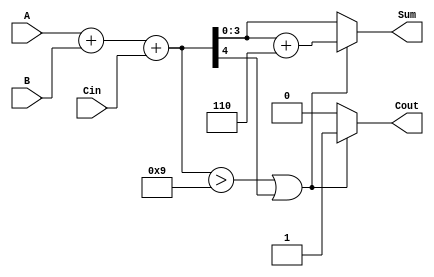
module BCD_Adder (
    input [3:0] A,     // First BCD digit
    input [3:0] B,     // Second BCD digit
    input Cin,         // Carry input
    output reg [3:0] Sum, // Resulting BCD digit
    output reg Cout     // Carry output
);

    wire [4:0] R; // 5-bit result to accommodate carry
    wire correction_needed; // Signal to indicate if BCD correction is needed

    // Step 1: Compute binary sum
    assign R = A + B + Cin;

    // Step 2: Check if correction is needed
    assign correction_needed = (R > 4'b1001) || R[4]; // Check if result is greater than 9 or if there's a carry

    always @(*) begin
        if (correction_needed) begin
            // Step 3: Apply correction by adding 6 (0110)
            Sum = R + 4'b0110;
            Cout = 1; // Set carry out to 1
        end else begin
            Sum = R[3:0]; // Assign the lower 4 bits to Sum
            Cout = 0; // No carry out
        end
    end

endmodule